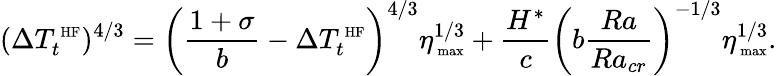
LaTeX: (\Delta T_{t}^{\mathrm{\scriptsize~HF}})^{4/3}=\left(\frac{1+\sigma}{b}-\Delta T_{t}^{\mathrm{\scriptsize~HF}}\right)^{4/3}\eta_{\mathrm{\scriptsize~max}}^{1/3}+\frac{H^{*}}{c}\left(b\frac{Ra}{Ra_{cr}}\right)^{-1/3}\eta_{\mathrm{\scriptsize~max}}^{1/3}.